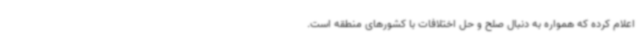
اعلام کرده که همواره به دنبال صلح و حل اختلافات با کشورهای منطقه است.